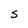
Character: S